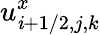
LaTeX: u_{\mathit{i}+1/2,j,k}^{x}